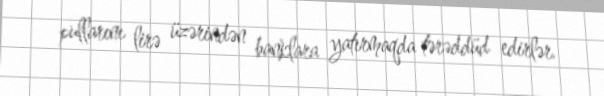
pullarını lirə üzərindən banklara yatırmaqda tərəddüd edirlər.